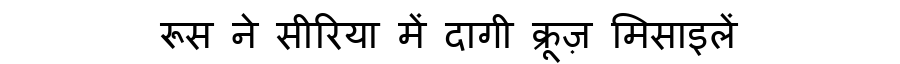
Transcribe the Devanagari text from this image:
रूस ने सीरिया में दागी क्रूज़ मिसाइलें